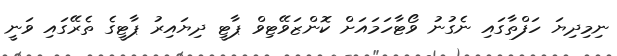
ނިމިދިޔަ ހަފްތާގައި ނެގުނު ވޯޓާހަމައަށް ކޮންޒަވޭޓިވް ޕާޓީ ދިޔައިރު ޕާޓީގެ ތެރޭގައި ވަނީ